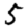
Digit: 5